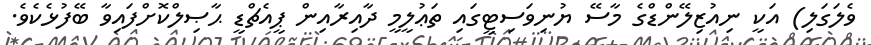
ވެލަގަލި) އަކީ ނިއުޒިލޭންޑްގެ މާސޭ ޔުނިވަސިޓީގައި ތަޢުލީމީ ދާއިރާއިން ޕީއެޗްޑީ ޙާޞިލްކޮށްފައިވާ ބޭފުޅެކެވެ.